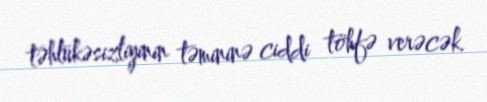
təhlükəsizliyinin təmininə ciddi töhfə verəcək.